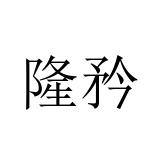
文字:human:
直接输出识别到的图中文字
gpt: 隆矜